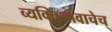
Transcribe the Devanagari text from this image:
व्यक्तिनावाचेच